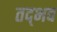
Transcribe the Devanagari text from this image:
तद्‍भव